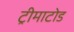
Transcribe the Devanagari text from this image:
ट्रीमाटोड